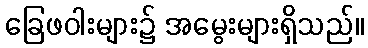
ခြေဖဝါးများ၌ အမွေးများရှိသည်။